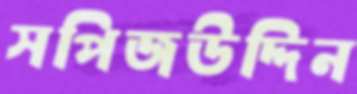
সপিজউদ্দিন